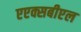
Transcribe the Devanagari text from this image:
एएक्सबीएल